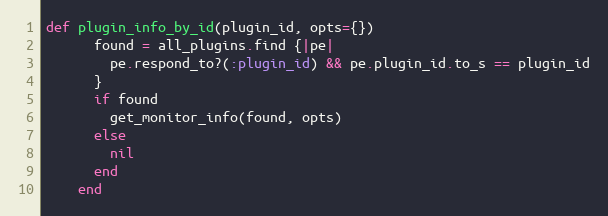
Language: Ruby
def plugin_info_by_id(plugin_id, opts={})
      found = all_plugins.find {|pe|
        pe.respond_to?(:plugin_id) && pe.plugin_id.to_s == plugin_id
      }
      if found
        get_monitor_info(found, opts)
      else
        nil
      end
    end